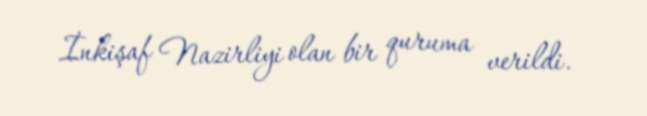
İnkişaf Nazirliyi olan bir quruma verildi.